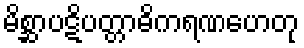
မိစ္ဆာပဋိပတ္တာဓိကရဏဟေတု